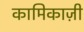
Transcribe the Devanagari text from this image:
कामिकाज़ी